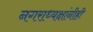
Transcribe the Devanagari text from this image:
नगराध्यक्षांनीही